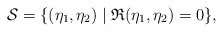
\begin{align*}\mathcal{S} = \{ (\eta_1, \eta_2) \mid \mathfrak{R}(\eta_1, \eta_2) = 0 \},\end{align*}